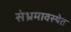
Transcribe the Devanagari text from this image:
संभ्रमावस्थेत